Medical and sanitary report of the native army of Madras for the year
Year: 1876
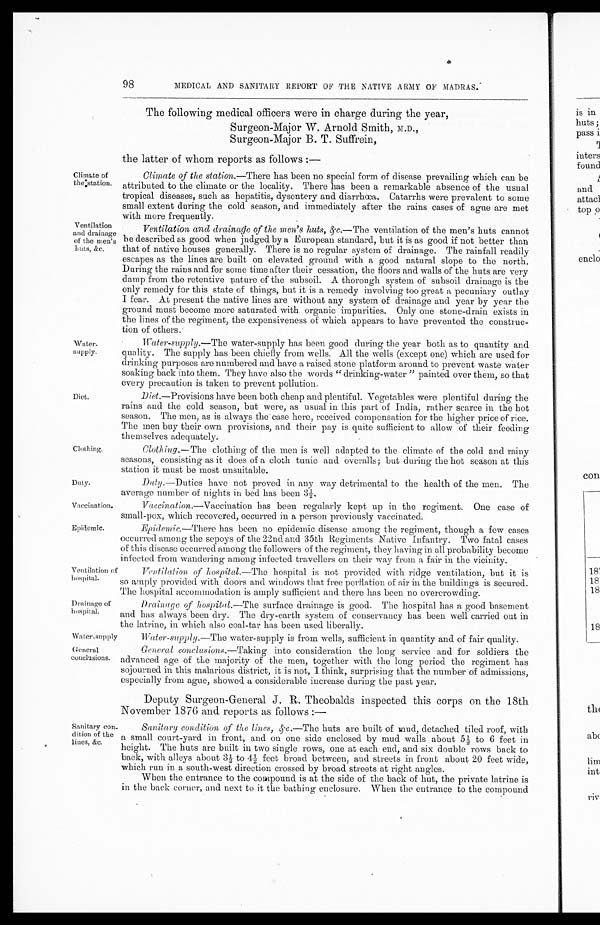
Duty.
Vaccination.
Epidemic.
Ventilation
of hospital.
Drainage of hospital.
Water-supply.
General
conclusions.
98
MEDICAL AND SANITARY REPORT OF THE NATIVE ARMY OF MADRAS.
The following medical officers were in charge during the year,
Surgeon-Major W. Arnold Smith, M.D.,
Surgeon-Major B. T. Suffrein,
Climate of
the station.
Ventilation
and drainage
of the men's
huts, &c.
Water
-supply.
Diet.
Clothing.
Sanitary con
-dition of the
lines, &c.
the latter of whom reports as follows :—
Climate of the station .—There has been no special form of disease prevailing which can be
attributed to the climate or the locality. There has been a remarkable absence of the usual
tropical diseases, such as hepatitis, dysentery and diarrhœa. Catarrhs were prevalent to some
small extent during the cold season, and immediately after the rains cases of ague are met
with more frequently.
Ventilation and drainage of the men's huts, &c .—The ventilation of the men's huts cannot
be described as good when judged by a European standard, but it is as good if not better than
that of native houses generally. There is no regular system of drainage. The rainfall readily
escapes as the lines are built on elevated ground with a good natural slope to the north.
During the rains and for some time after their cessation, the floors and walls of the huts are very
damp from the retentive nature of the subsoil. A thorough system of subsoil drainage is the
only remedy for this state of things, but it is a remedy involving too great a pecuniary outlay
I fear. At present the native lines are without any system of drainage and year by year the
ground must become more saturated with organic impurities. Only one stone-drain exists in
the lines of the regiment, the expensiveness of which appears to have prevented the construc
-tion of others.
Water-supply .—The water-supply has been good during the year both as to quantity and
quality. The supply has been chiefly from wells. All the wells (except one) which are used for
drinking purposes are numbered and have a raised stone platform around to prevent waste water
soaking back into them. They have also the words "drinking-water" painted over them, so that
every precaution is taken to prevent pollution.
Diet .—Provisions have been both cheap and plentiful. Vegetables were Plentiful during the
rains and the cold season, but were, as usual in this part of India, rather scarce in the hot
season. The men, as is always the case here, received compensation for the higher price of rice.
The men buy their own provisions, and their pay is quite sufficient to allow of their feeding
them selves adequately.
Clothing .—The clothing of the men is well adapted to the climate of the cold and rainy
seasons, consisting as it does of a cloth tunic and overalls; but during the hot season at this
station it must be most unsuitable.
Duty .—Duties have not proved in any way detrimental to the health of the men. The
average number of nights in bed has been 3½.
Vaccination .—Vaccination has been regularly kept up in the regiment. One case of
small-pox, which recovered, occurred in a person previously vaccinated.
Epidemic.—There has been no epidemic disease among the regiment, though a few cases
occurred among the sepoys of the 22nd and 35th Regiments Native Infantry. Two fatal cases
of this disease occurred among the followers of the regiment, they having in all probability become
infected from wandering among infected travellers on their way from a fair in the vicinity.
Ventilation of hospital .—The hospital is not provided with ridge ventilation, but it is
so amply provided with doors and windows that free perflation of air in the buildings is secured.
The hospital accommodation is amply sufficient and there has been no overcrowding.
Drainage of hospital.—The surface drainage is good. The hospital has a good basement
and has always been dry. The dry-earth system of conservancy has been well carried out in
the latrine, in which also coal-tar has been used liberally.
Water-supply .—The water-supply is from wells, sufficient in quantity and of fair quality.
General conclusions .—Taking into consideration the long service and for soldiers the
advanced age of the majority of the men, together with the long period the regiment has
sojourned in this malarious district, it is not, I think, surprising that the number of admissions,
especially from ague, showed a considerable increase during the past year.
Deputy Surgeon-General J. R. Theobalds inspected this corps on the 18th
November 1876 and reports as follows : —
Sanitary condition of the lines,&c.—The huts are built of mud, detached tiled roof, with
a small court-yard in front, and on one side enclosed by mud walls about 5½ to 6 feet in
height. The huts are built in two single rows, one at each end, and six double rows back to
back, with alleys about 3½ to 4½ feet broad between, and streets in front about 20 feet wide,
which run in a south-west direction crossed by broad streets at right angles.
When the entrance to the compound is at the side of the back of hut, the private latrine is
in the back corner, and next to it the bathing enclosure. When the entrance to the compound